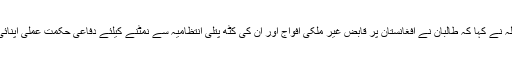
عرب ٹی وی سے بات چیت میں ملا داد اللہ نے کہا کہ طالبان نے افغانستان پر قابض غیر ملکی افواج اور ان کی کٹھ پتلی انتظامیہ سے نمٹنے کیلئے دفاعی حکمت عملی اپنائی ہے جو خود کش بمباروں پر مشتمل ہے۔